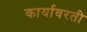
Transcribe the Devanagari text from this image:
कार्यावरती